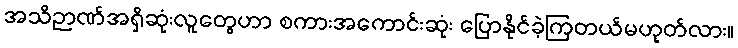
အသိဉာဏ်အရှိဆုံးလူတွေဟာ စကားအကောင်းဆုံး ပြောနိုင်ခဲ့ကြတယ်မဟုတ်လား။